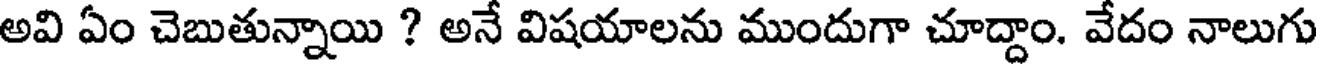
అవి ఏం చెబుతున్నాయి ? అనే విషయాలను ముందుగా చూద్దాం. వేదం నాలుగు